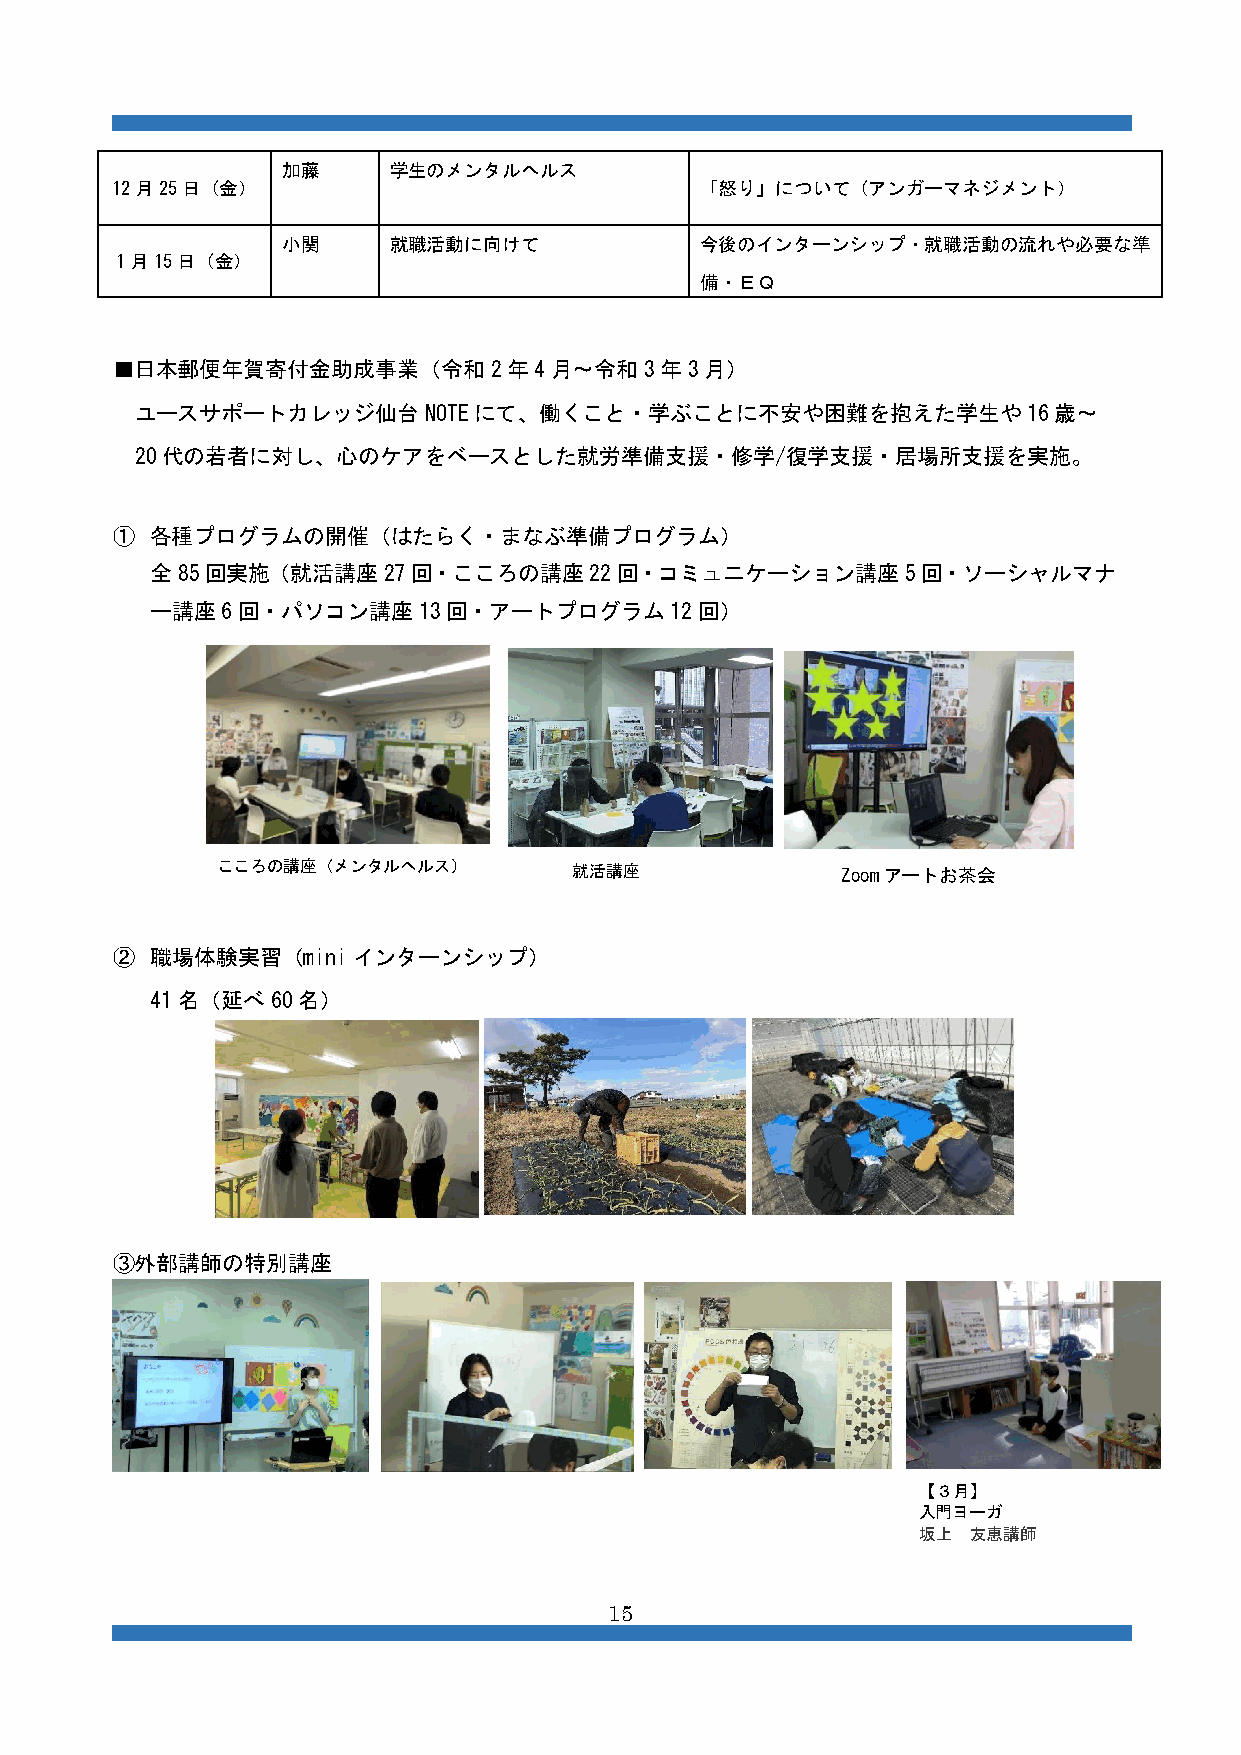
加藤     学生のメンタルヘルス
 12月25日（金）                              「怒り」について（アンガーマネジメント）
 小関     就職活動に向けて            今後のインターンシップ・就職活動の流れや必要な準
 1月15日（金）
 備・ＥＱ
 ■日本郵便年賀寄付金助成事業（令和2年4月～令和3年3月）
 ユースサポートカレッジ仙台NOTEにて、働くこと・学ぶことに不安や困難を抱えた学生や16歳～
 20代の若者に対し、心のケアをベースとした就労準備支援・修学/復学支援・居場所支援を実施。
 ①  各種プログラムの開催（はたらく・まなぶ準備プログラム）
 全85回実施（就活講座27回・こころの講座22回・コミュニケーション講座5回・ソーシャルマナ
 ー講座6回・パソコン講座13回・アートプログラム12回）
 こころの講座（メンタルヘルス）         就活講座              Zoomアートお茶会
 ②  職場体験実習（miniインターンシップ）
 41名（延べ60名）
 ③外部講師の特別講座
 【３月】
 入門ヨーガ
 坂上 友恵講師
 15